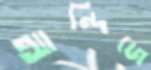
আন্দিজে